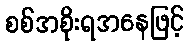
စစ်အစိုးရအနေဖြင့်